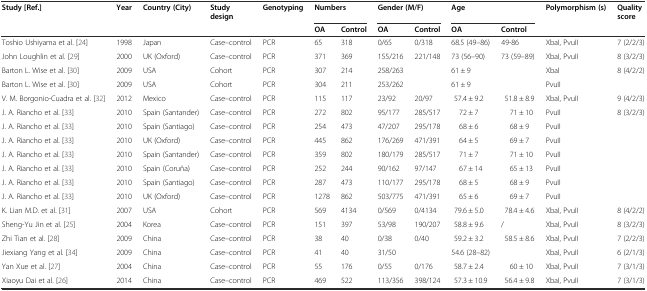
<table><thead><tr><td rowspan="2"><b>Study [Ref.]</b></td><td rowspan="2"><b>Year</b></td><td rowspan="2"><b>Country (City)</b></td><td rowspan="2"><b>Study design</b></td><td rowspan="2"><b>Genotyping</b></td><td colspan="2"><b>Numbers</b></td><td colspan="2"><b>Gender (M/F)</b></td><td colspan="2"><b>Age</b></td><td><b>Polymorphism (s)</b></td><td><b>Quality score</b></td></tr><tr><td><b>OA</b></td><td><b>Control</b></td><td><b>OA</b></td><td><b>Control</b></td><td><b>OA</b></td><td><b>Control</b></td><td></td><td></td></tr></thead><tbody><tr><td>Toshio Ushiyama et al. [24]</td><td>1998</td><td>Japan</td><td>Case–control</td><td>PCR</td><td>65</td><td>318</td><td>0/65</td><td>0/318</td><td>68.5 (49–86)</td><td>49-86</td><td>XbaI, PvuII</td><td>7 (2/2/3)</td></tr><tr><td>John Loughlin et al. [29]</td><td>2000</td><td>UK (Oxford)</td><td>Case–control</td><td>PCR</td><td>371</td><td>369</td><td>155/216</td><td>221/148</td><td>73 (56–90)</td><td>73 (59–89)</td><td>XbaI, PvuII</td><td>8 (3/2/3)</td></tr><tr><td>Barton L. Wise et al. [30]</td><td>2009</td><td>USA</td><td>Cohort</td><td>PCR</td><td>307</td><td>214</td><td colspan="2">258/263</td><td colspan="2">61 ± 9</td><td>XbaI</td><td rowspan="2">8 (4/2/2)</td></tr><tr><td>Barton L. Wise et al. [30]</td><td>2009</td><td>USA</td><td>Cohort</td><td>PCR</td><td>304</td><td>211</td><td colspan="2">253/262</td><td colspan="2">61 ± 9</td><td>PvuII</td></tr><tr><td>V. M. Borgonio-Cuadra et al. [32]</td><td>2012</td><td>Mexico</td><td>Case–control</td><td>PCR</td><td>115</td><td>117</td><td>23/92</td><td>20/97</td><td>57.4 ± 9.2</td><td>51.8 ± 8.9</td><td>XbaI, PvuII</td><td>9 (4/2/3)</td></tr><tr><td>J. A. Riancho et al. [33]</td><td>2010</td><td>Spain (Santander)</td><td>Case–control</td><td>PCR</td><td>272</td><td>802</td><td>95/177</td><td>285/517</td><td>72 ± 7</td><td>71 ± 10</td><td>PvuII</td><td rowspan="7">8 (3/2/3)</td></tr><tr><td>J. A. Riancho et al. [33]</td><td>2010</td><td>Spain (Santiago)</td><td>Case–control</td><td>PCR</td><td>254</td><td>473</td><td>47/207</td><td>295/178</td><td>68 ± 6</td><td>68 ± 9</td><td>PvuII</td></tr><tr><td>J. A. Riancho et al. [33]</td><td>2010</td><td>UK (Oxford)</td><td>Case–control</td><td>PCR</td><td>445</td><td>862</td><td>176/269</td><td>471/391</td><td>64 ± 5</td><td>69 ± 7</td><td>PvuII</td></tr><tr><td>J. A. Riancho et al. [33]</td><td>2010</td><td>Spain (Santander)</td><td>Case–control</td><td>PCR</td><td>359</td><td>802</td><td>180/179</td><td>285/517</td><td>71 ± 7</td><td>71 ± 10</td><td>PvuII</td></tr><tr><td>J. A. Riancho et al. [33]</td><td>2010</td><td>Spain (Coruña)</td><td>Case–control</td><td>PCR</td><td>252</td><td>244</td><td>90/162</td><td>97/147</td><td>67 ± 14</td><td>65 ± 13</td><td>PvuII</td></tr><tr><td>J. A. Riancho et al. [33]</td><td>2010</td><td>Spain (Santiago)</td><td>Case–control</td><td>PCR</td><td>287</td><td>473</td><td>110/177</td><td>295/178</td><td>68 ± 5</td><td>68 ± 9</td><td>PvuII</td></tr><tr><td>J. A. Riancho et al. [33]</td><td>2010</td><td>UK (Oxford)</td><td>Case–control</td><td>PCR</td><td>1278</td><td>862</td><td>503/775</td><td>471/391</td><td>65 ± 6</td><td>69 ± 7</td><td>PvuII</td></tr><tr><td>K. Lian M.D. et al. [31]</td><td>2007</td><td>USA</td><td>Cohort</td><td>PCR</td><td>569</td><td>4134</td><td>0/569</td><td>0/4134</td><td>79.6 ± 5.0</td><td>78.4 ± 4.6</td><td>XbaI, PvuII</td><td>8 (4/2/2)</td></tr><tr><td>Sheng-Yu Jin et al. [25]</td><td>2004</td><td>Korea</td><td>Case–control</td><td>PCR</td><td>151</td><td>397</td><td>53/98</td><td>190/207</td><td>58.8 ± 9.6</td><td>/</td><td>XbaI, PvuII</td><td>8 (3/2/3)</td></tr><tr><td>Zhi Tian et al. [28]</td><td>2009</td><td>China</td><td>Case–control</td><td>PCR</td><td>38</td><td>40</td><td>0/38</td><td>0/40</td><td>59.2 ± 3.2</td><td>58.5 ± 8.6</td><td>XbaI, PvuII</td><td>7 (2/2/3)</td></tr><tr><td>Jiexiang Yang et al. [34]</td><td>2009</td><td>China</td><td>Case–control</td><td>PCR</td><td>41</td><td>40</td><td colspan="2">31/50</td><td colspan="2">54.6 (28–82)</td><td>XbaI, PvuII</td><td>6 (2/1/3)</td></tr><tr><td>Yan Xue et al. [27]</td><td>2004</td><td>China</td><td>Case–control</td><td>PCR</td><td>55</td><td>176</td><td>0/55</td><td>0/176</td><td>58.7 ± 2.4</td><td>60 ± 10</td><td>XbaI, PvuII</td><td>7 (3/1/3)</td></tr><tr><td>Xiaoyu Dai et al. [26]</td><td>2014</td><td>China</td><td>Case–control</td><td>PCR</td><td>469</td><td>522</td><td>113/356</td><td>398/124</td><td>57.3 ± 10.9</td><td>56.4 ± 9.8</td><td>XbaI, PvuII</td><td>7 (3/1/3)</td></tr></tbody></table>